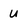
Character: u